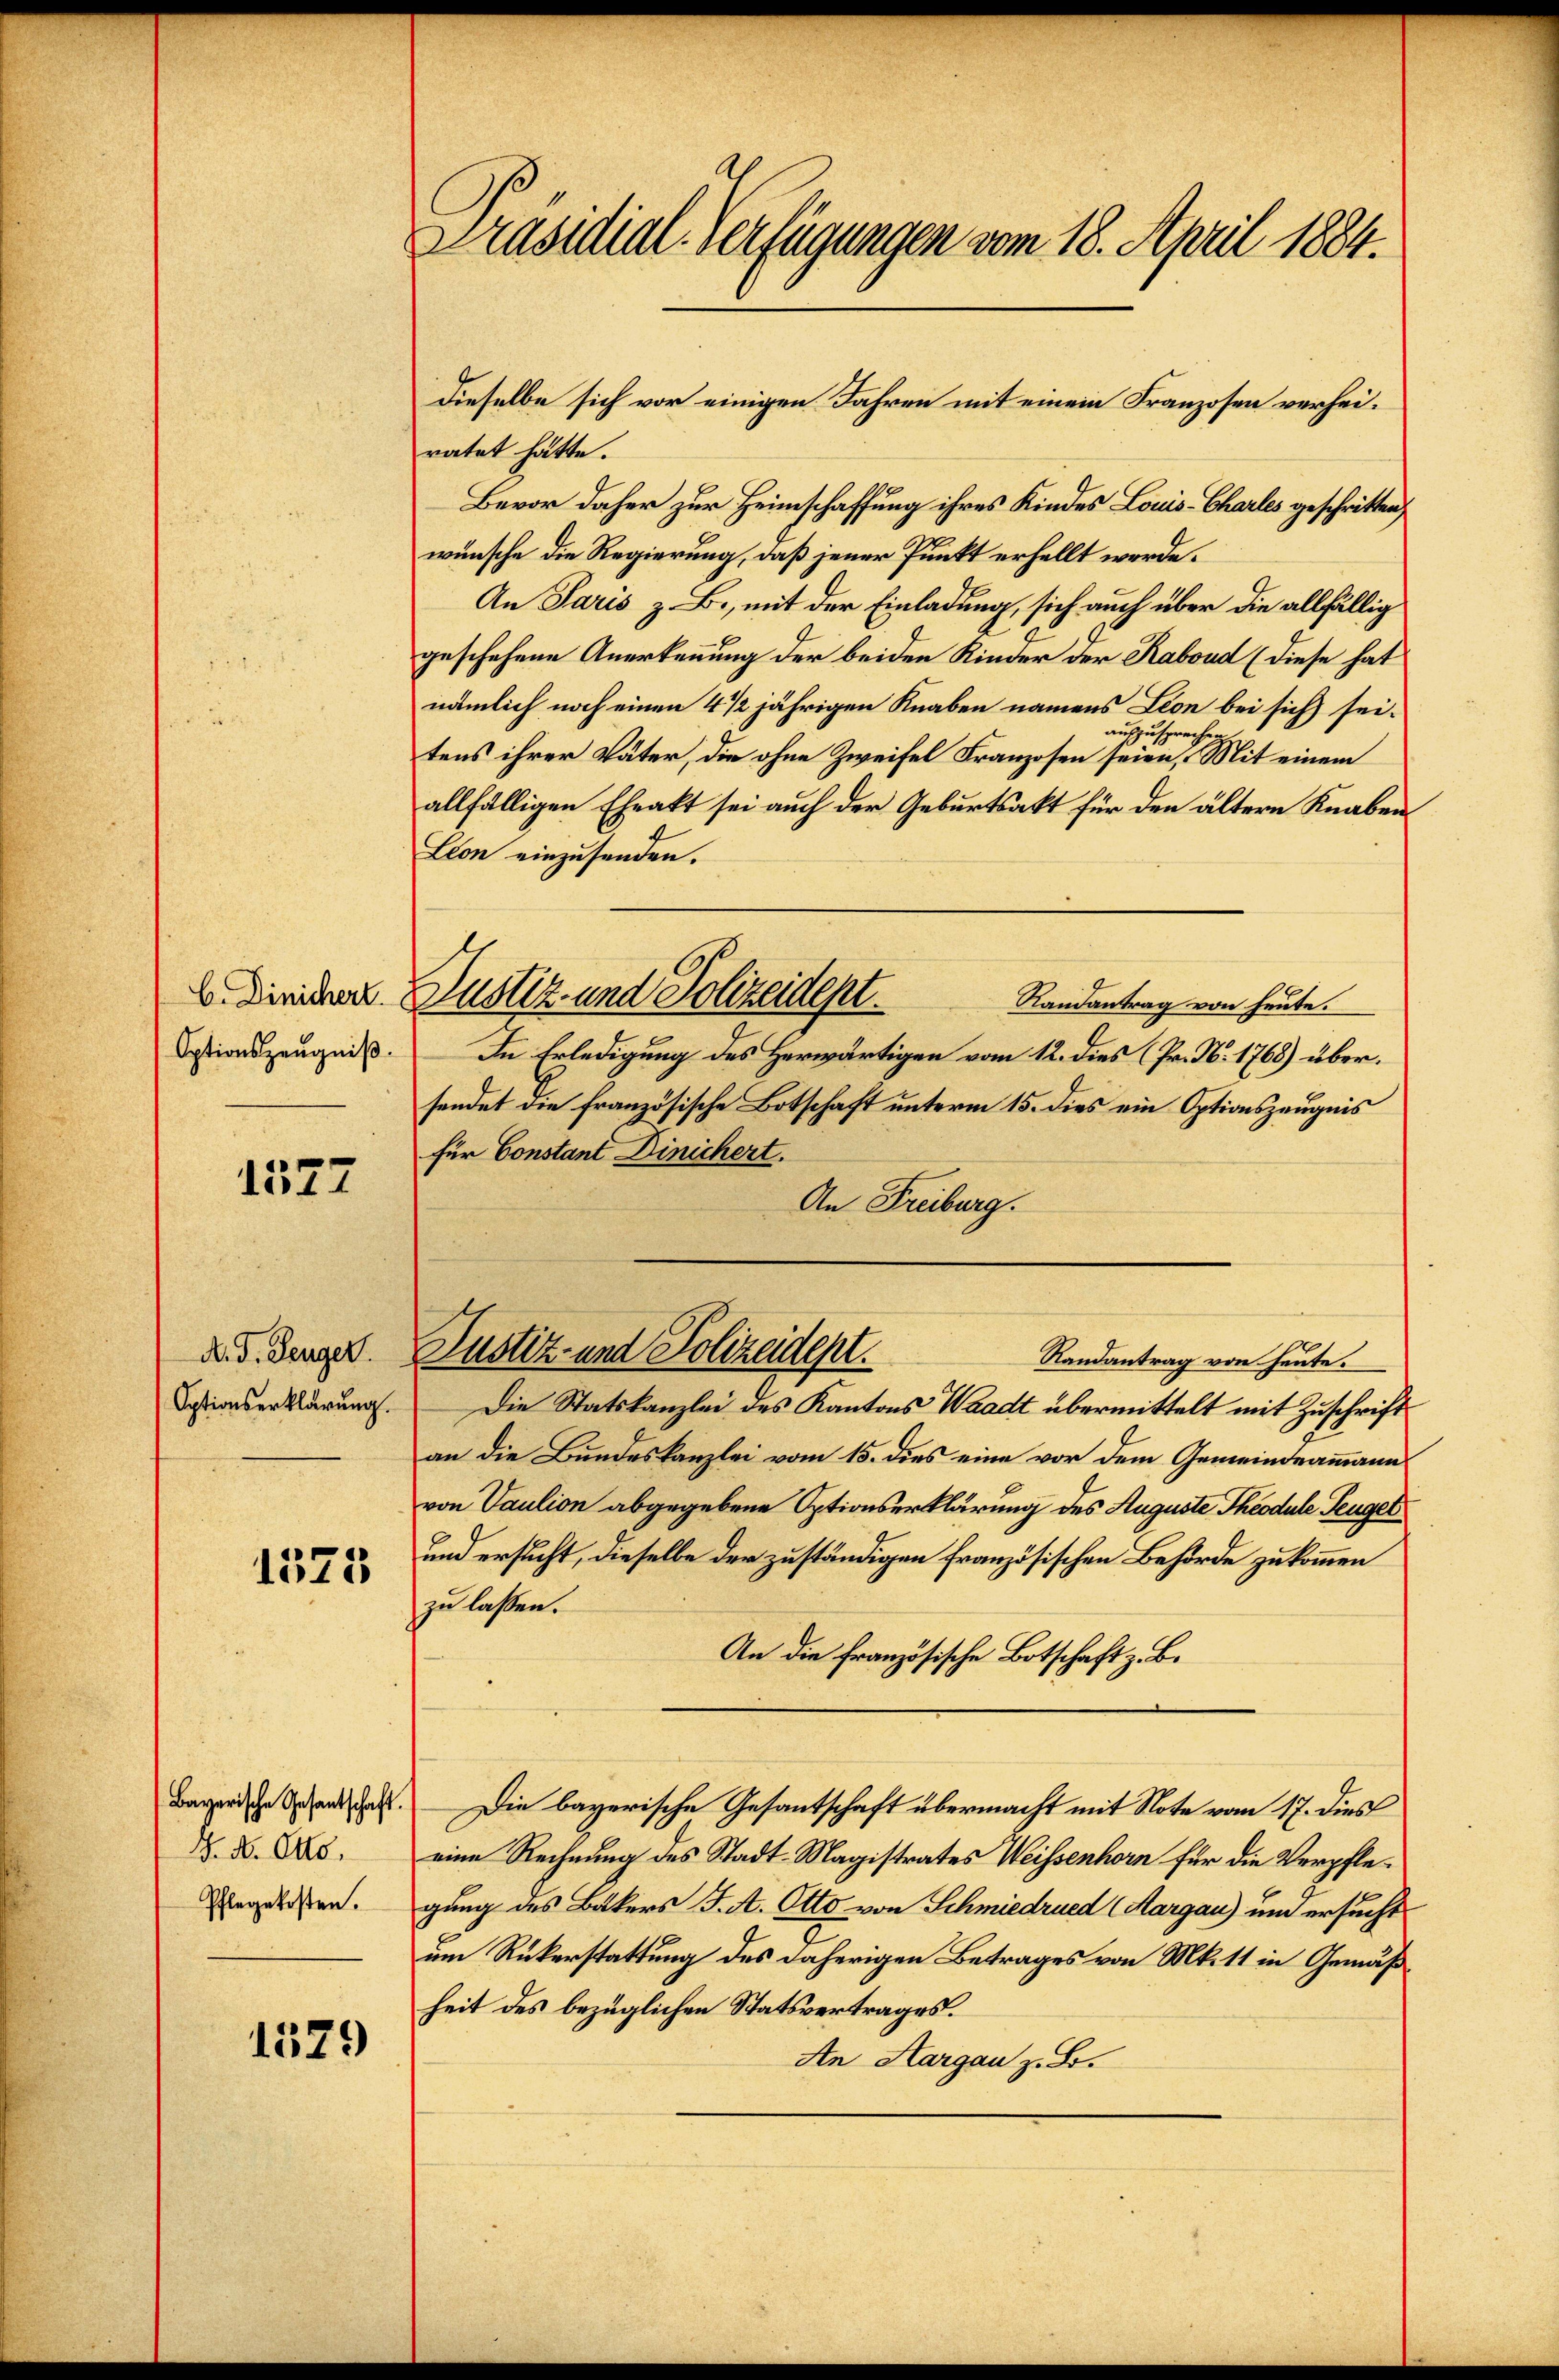
C. Dinichert.
Optionszeugniß.

1577

A. F. Denger.
Optionserklärung.

1573

Bayerische Gesantschaft.
H. N. Otto.
Pflegekosten.

1529

Präsidial-Verfügungen vom 18. April 1884.

ratet hätte.
Bevor daher zur Heimschaffung ihres Kindes Louis-Charles geschritten,
wünsche die Regierung, daß jener Punkt erhellt werde.
An Paris z. B., mit der Einladung, sich auch über die allfällig
geschehene Anerkennung der beiden Kinder der Rabond (diese hat
nämlich noch einen 4 1/2 jährigen Knaben namens Leon bei sich seiauszusprechen.
tens ihrer Väter, die ohne Zweifel Franzosen seien, Mit einem
allfälligen Eheakt sei auch der Geburtsakt für den ältern Knaben
Lion einzusenden.
Randantrag von heute.
In Erledigung des Herwärtigen vom 12. dies (Pr. N. 1768) übersendet die französische Botschaft unterm 15. dies ein Optionszeugnis
für Constant Dinichert.
An Freiburg.
Justiz- und Polizeident.
Randantrag von heute.
Die Statskanzlei des Kantons Waadt übermittelt mit Zuschrift
an die Bundeskanzlei vom 15. dies eine vor dem Gemeindeammann
von Vaution abgegebene Optionserklärung des Auguste Theodule Teugel
und ersucht, dieselbe der zuständigen französischen Behörde zu kommen
zu lassen.
An die französische Botschaft z. B.
Die bayerische Gesantschaft übermacht mit Note vom 17. dies
eine Rechnung des Stadt-Magistrates Weissenhorn für die Verpflegung des Bäkers J. A. Otto von Schmiedrued (Aargau) um ersucht
um Rükerstattung des daherigen Betrages von Mitt in Gemäßheit des bezüglichen Statsvertrages.
An Aargau z. B.

Justiz- und Polizeident.

dieselbe sich vor einigen Jahren mit einem Franzosen verhei¬